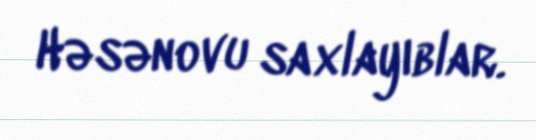
Həsənovu saxlayıblar.